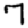
Digit: 7